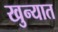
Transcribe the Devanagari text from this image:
खुन्यात